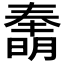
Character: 𰖫